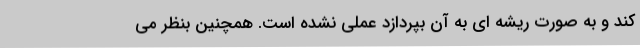
کند و به صورت ریشه ای به آن بپردازد عملی نشده است. همچنین بنظر می